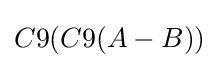
C9(C9(A-B))